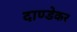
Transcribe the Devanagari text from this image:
दाण्डेकर